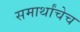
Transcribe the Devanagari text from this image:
समार्थांचेच